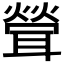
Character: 𦖽